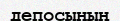
депосының